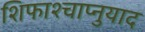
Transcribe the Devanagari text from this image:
शिफाश्चाप्नुयाद